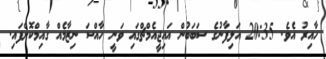
ހާއިރު އެވެ. 20:35 އަލިފާނުގެ ސަބަބުން އައިޖީއެމްޗްގައި ވަނީ ހާއްސަ ނިޒާމެއް ގާއިމްކޮށްފައި.